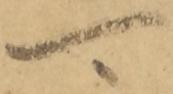
可